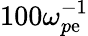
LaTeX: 100\omega_{p\mathrm{e}}^{-1}